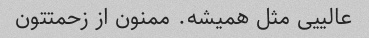
عالییی مثل همیشه. ممنون از زحمتتون